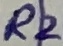
Text: R2